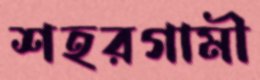
শহরগামী